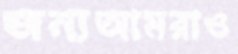
জন্যআমরাও